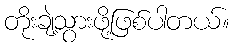
တိုးချဲ့သွားဖို့ဖြစ်ပါတယ်။